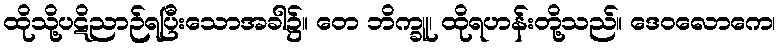
ထိုသို့ပဋိညာဉ်ရပြီးသောအခါ၌။ တေ ဘိက္ခူ၊ ထိုရဟန်းတို့သည်။ ဒေဝလောကေ၊